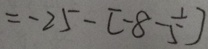
= - 2 5 - [ - 8 - \frac { 1 } { 5 } ]